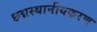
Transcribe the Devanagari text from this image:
छद्मस्थानीयकरण